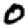
Digit: 0